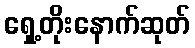
ရှေ့တိုးနောက်ဆုတ်